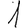
Digit: 1